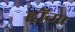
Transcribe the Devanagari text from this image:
हॉगा